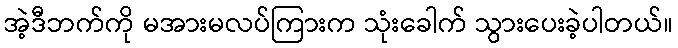
အဲ့ဒီဘက်ကို မအားမလပ်ကြားက သုံးခေါက် သွားပေးခဲ့ပါတယ်။